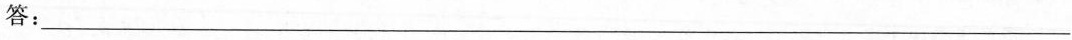
答:___